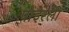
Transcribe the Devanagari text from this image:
पाइरेली